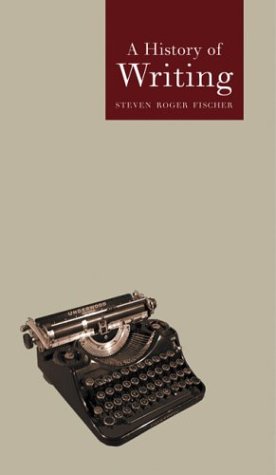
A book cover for A History of Writing (Reaktion Books - Globalities); Steven Roger Fischer; Reference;